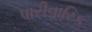
પારીવારિક